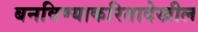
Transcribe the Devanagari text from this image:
बनविण्याकरितादेखील